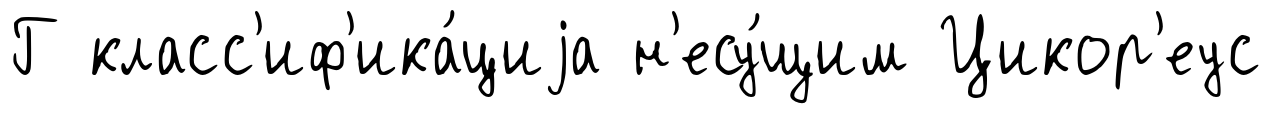
Г класс'иф'ика́циjа н'есу́щим Цикор'еус